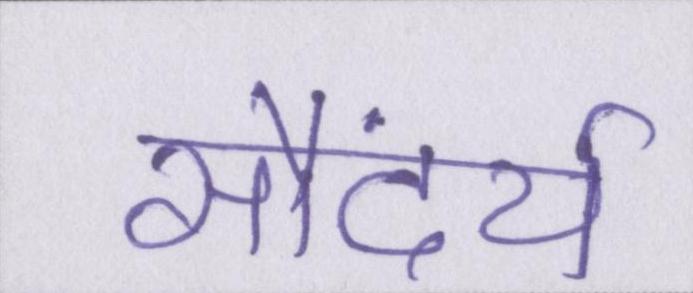
सौंदर्य